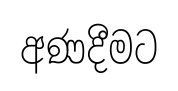
අණදීමට